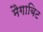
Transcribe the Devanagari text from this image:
मैगाबिट